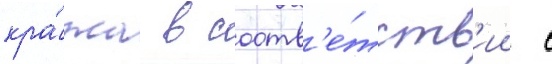
кра́жа в соотв'е́тств'ии с